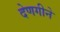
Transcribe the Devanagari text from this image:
देणगीने